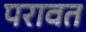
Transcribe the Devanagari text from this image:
परावत